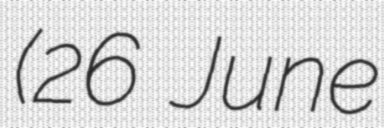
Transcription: (26 June